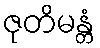
ဇုတိမန္တံ